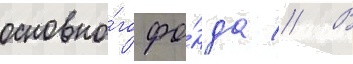
основно́го фо́нда // В